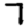
Digit: 7